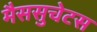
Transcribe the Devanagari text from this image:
मैससुचेटस